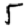
Digit: 5